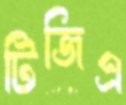
টিজিএ